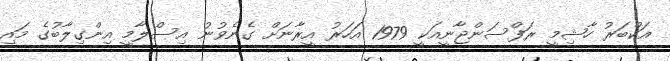
އަކްބަރު ހާޝިމީ ރަފްސަންޖާނީއަކީ 1979 އަހަރު އީރާނަށް ގެނެވުނު އިސްލާމީ އިންގިލާބުގެ މައި